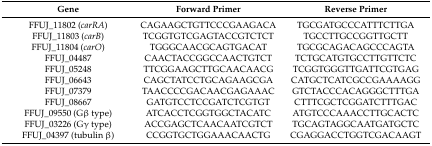
<table><thead><tr><td><b>Gene</b></td><td><b>Forward Primer</b></td><td><b>Reverse Primer</b></td></tr></thead><tbody><tr><td>FFUJ_11802 (<i>carRA</i>)</td><td>CAGAAGCTGTTCCCGAAGACA</td><td>TGCGATGCCCATTTCTTGA</td></tr><tr><td>FFUJ_11803 (<i>carB</i>)</td><td>TCGGTGTCGAGTACCGTCTCT</td><td>TGCCTTGCCGGTTGCTT</td></tr><tr><td>FFUJ_11804 (<i>carO</i>)</td><td>TGGGCAACGCAGTGACAT</td><td>TGCGCAGACAGCCCAGTA</td></tr><tr><td>FFUJ_04487</td><td>CAACTACCGGCCAACTGTCT</td><td>TCTGCATGTGCCTTGTTCTC</td></tr><tr><td>FFUJ_05248</td><td>TTCGGAAGCTTGCAACAACG</td><td>TCGGTGGGTTGATTCGTGAG</td></tr><tr><td>FFUJ_06643</td><td>CAGCTATCCTGCAGAAGCGA</td><td>CATGCTCATCGCCGAAAAGG</td></tr><tr><td>FFUJ_07379</td><td>TAACCCCGACAACGAGAAAC</td><td>GTCTACCCACAGGGCTTTGA</td></tr><tr><td>FFUJ_08667</td><td>GATGTCCTCCGATCTCGTGT</td><td>CTTTCGCTCGGATCTTTGAC</td></tr><tr><td>FFUJ_09550 (Gβ type)</td><td>ATCACCTCGGTGGCTACATC</td><td>ATGTCCCAAACCTTGCACTC</td></tr><tr><td>FFUJ_03226 (Gγ type)</td><td>ACCGAGCTCAACAATCGTCT</td><td>TGCAGTAGGCAATGATGCTC</td></tr><tr><td>FFUJ_04397 (tubulin β)</td><td>CCGGTGCTGGAAACAACTG</td><td>CGAGGACCTGGTCGACAAGT</td></tr></tbody></table>